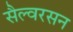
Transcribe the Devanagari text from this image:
सैल्वरसन